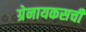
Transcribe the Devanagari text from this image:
ग्रेनायकसची